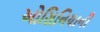
ઓસિનિયાની